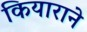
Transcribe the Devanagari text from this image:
कियाराने